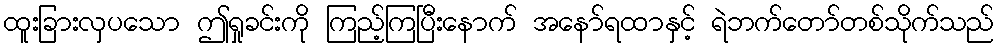
ထူးခြားလှပသော ဤရှုခင်းကို ကြည့်ကြပြီးနောက် အနော်ရထာနှင့် ရဲဘက်တော်တစ်သိုက်သည်